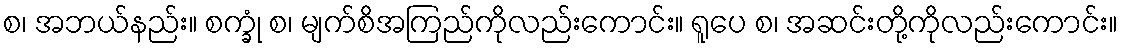
စ၊ အဘယ်နည်း။ စက္ခုံ စ၊ မျက်စိအကြည်ကိုလည်းကောင်း။ ရူပေ စ၊ အဆင်းတို့ကိုလည်းကောင်း။